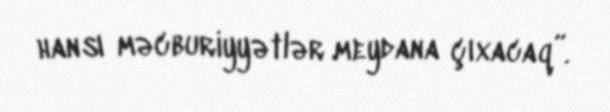
hansı məcburiyyətlər meydana çıxacaq”.